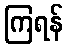
ကြရန်